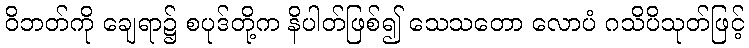
ဝိဘတ်ကို ချေရာ၌ စပုဒ်တို့က နိပါတ်ဖြစ်၍ သေသတော လောပံ ဂသိပိသုတ်ဖြင့်